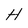
Character: H